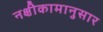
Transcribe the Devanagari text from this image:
नक्षीकामानुसार